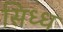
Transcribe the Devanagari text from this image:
सिध्ध